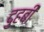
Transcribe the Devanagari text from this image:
दुहबी